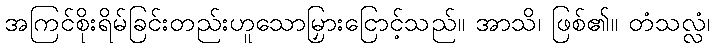
အကြင်စိုးရိမ်ခြင်းတည်းဟူသောမြှားငြောင့်သည်။ အာသိ၊ ဖြစ်၏။ တံသလ္လံ၊